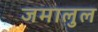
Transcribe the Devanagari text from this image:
जमालुल